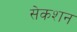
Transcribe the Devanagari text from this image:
सेकशन